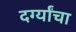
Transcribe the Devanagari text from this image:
दर्ग्यांचा